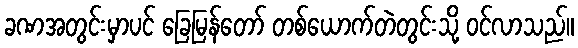
ခဏအတွင်းမှာပင် ခြေမြန်တော် တစ်ယောက်တဲတွင်းသို့ ဝင်လာသည်။